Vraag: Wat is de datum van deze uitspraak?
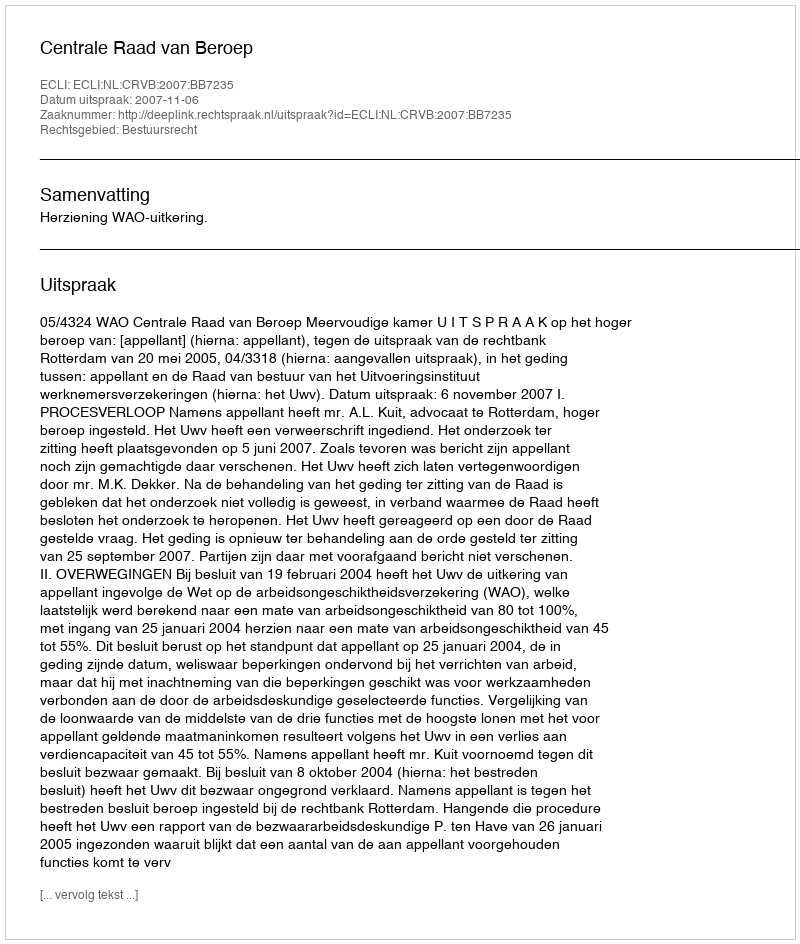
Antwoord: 2007-11-06